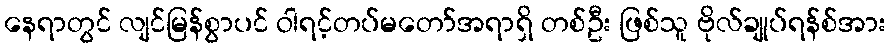
နေရာတွင် လျင်မြန်စွာပင် ဝါရင့်တပ်မတော်အရာရှိ တစ်ဦး ဖြစ်သူ ဗိုလ်ချုပ်ရန်စ်အား